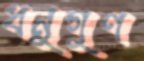
ধনুগুণ